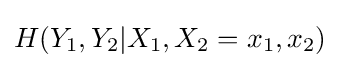
H(Y_{1},Y_{2}|X_{1},X_{2}=x_{1},x_{2})